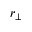
r _ { \perp }